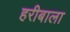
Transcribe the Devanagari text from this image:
हरीबाला